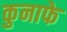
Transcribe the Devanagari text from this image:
कुनाफे